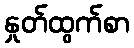
နှုတ်ထွက်စာ